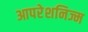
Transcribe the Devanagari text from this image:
आपरेशनिज्म